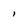
Character: l